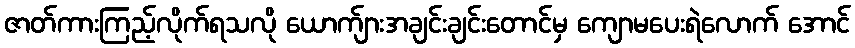
ဇာတ်ကားကြည့်လိုက်ရသလို ယောက်ျားအချင်းချင်းတောင်မှ ကျောမပေးရဲလောက် အောင်